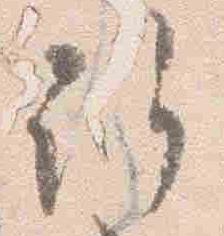
許